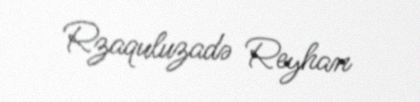
Rzaquluzadə Reyhan